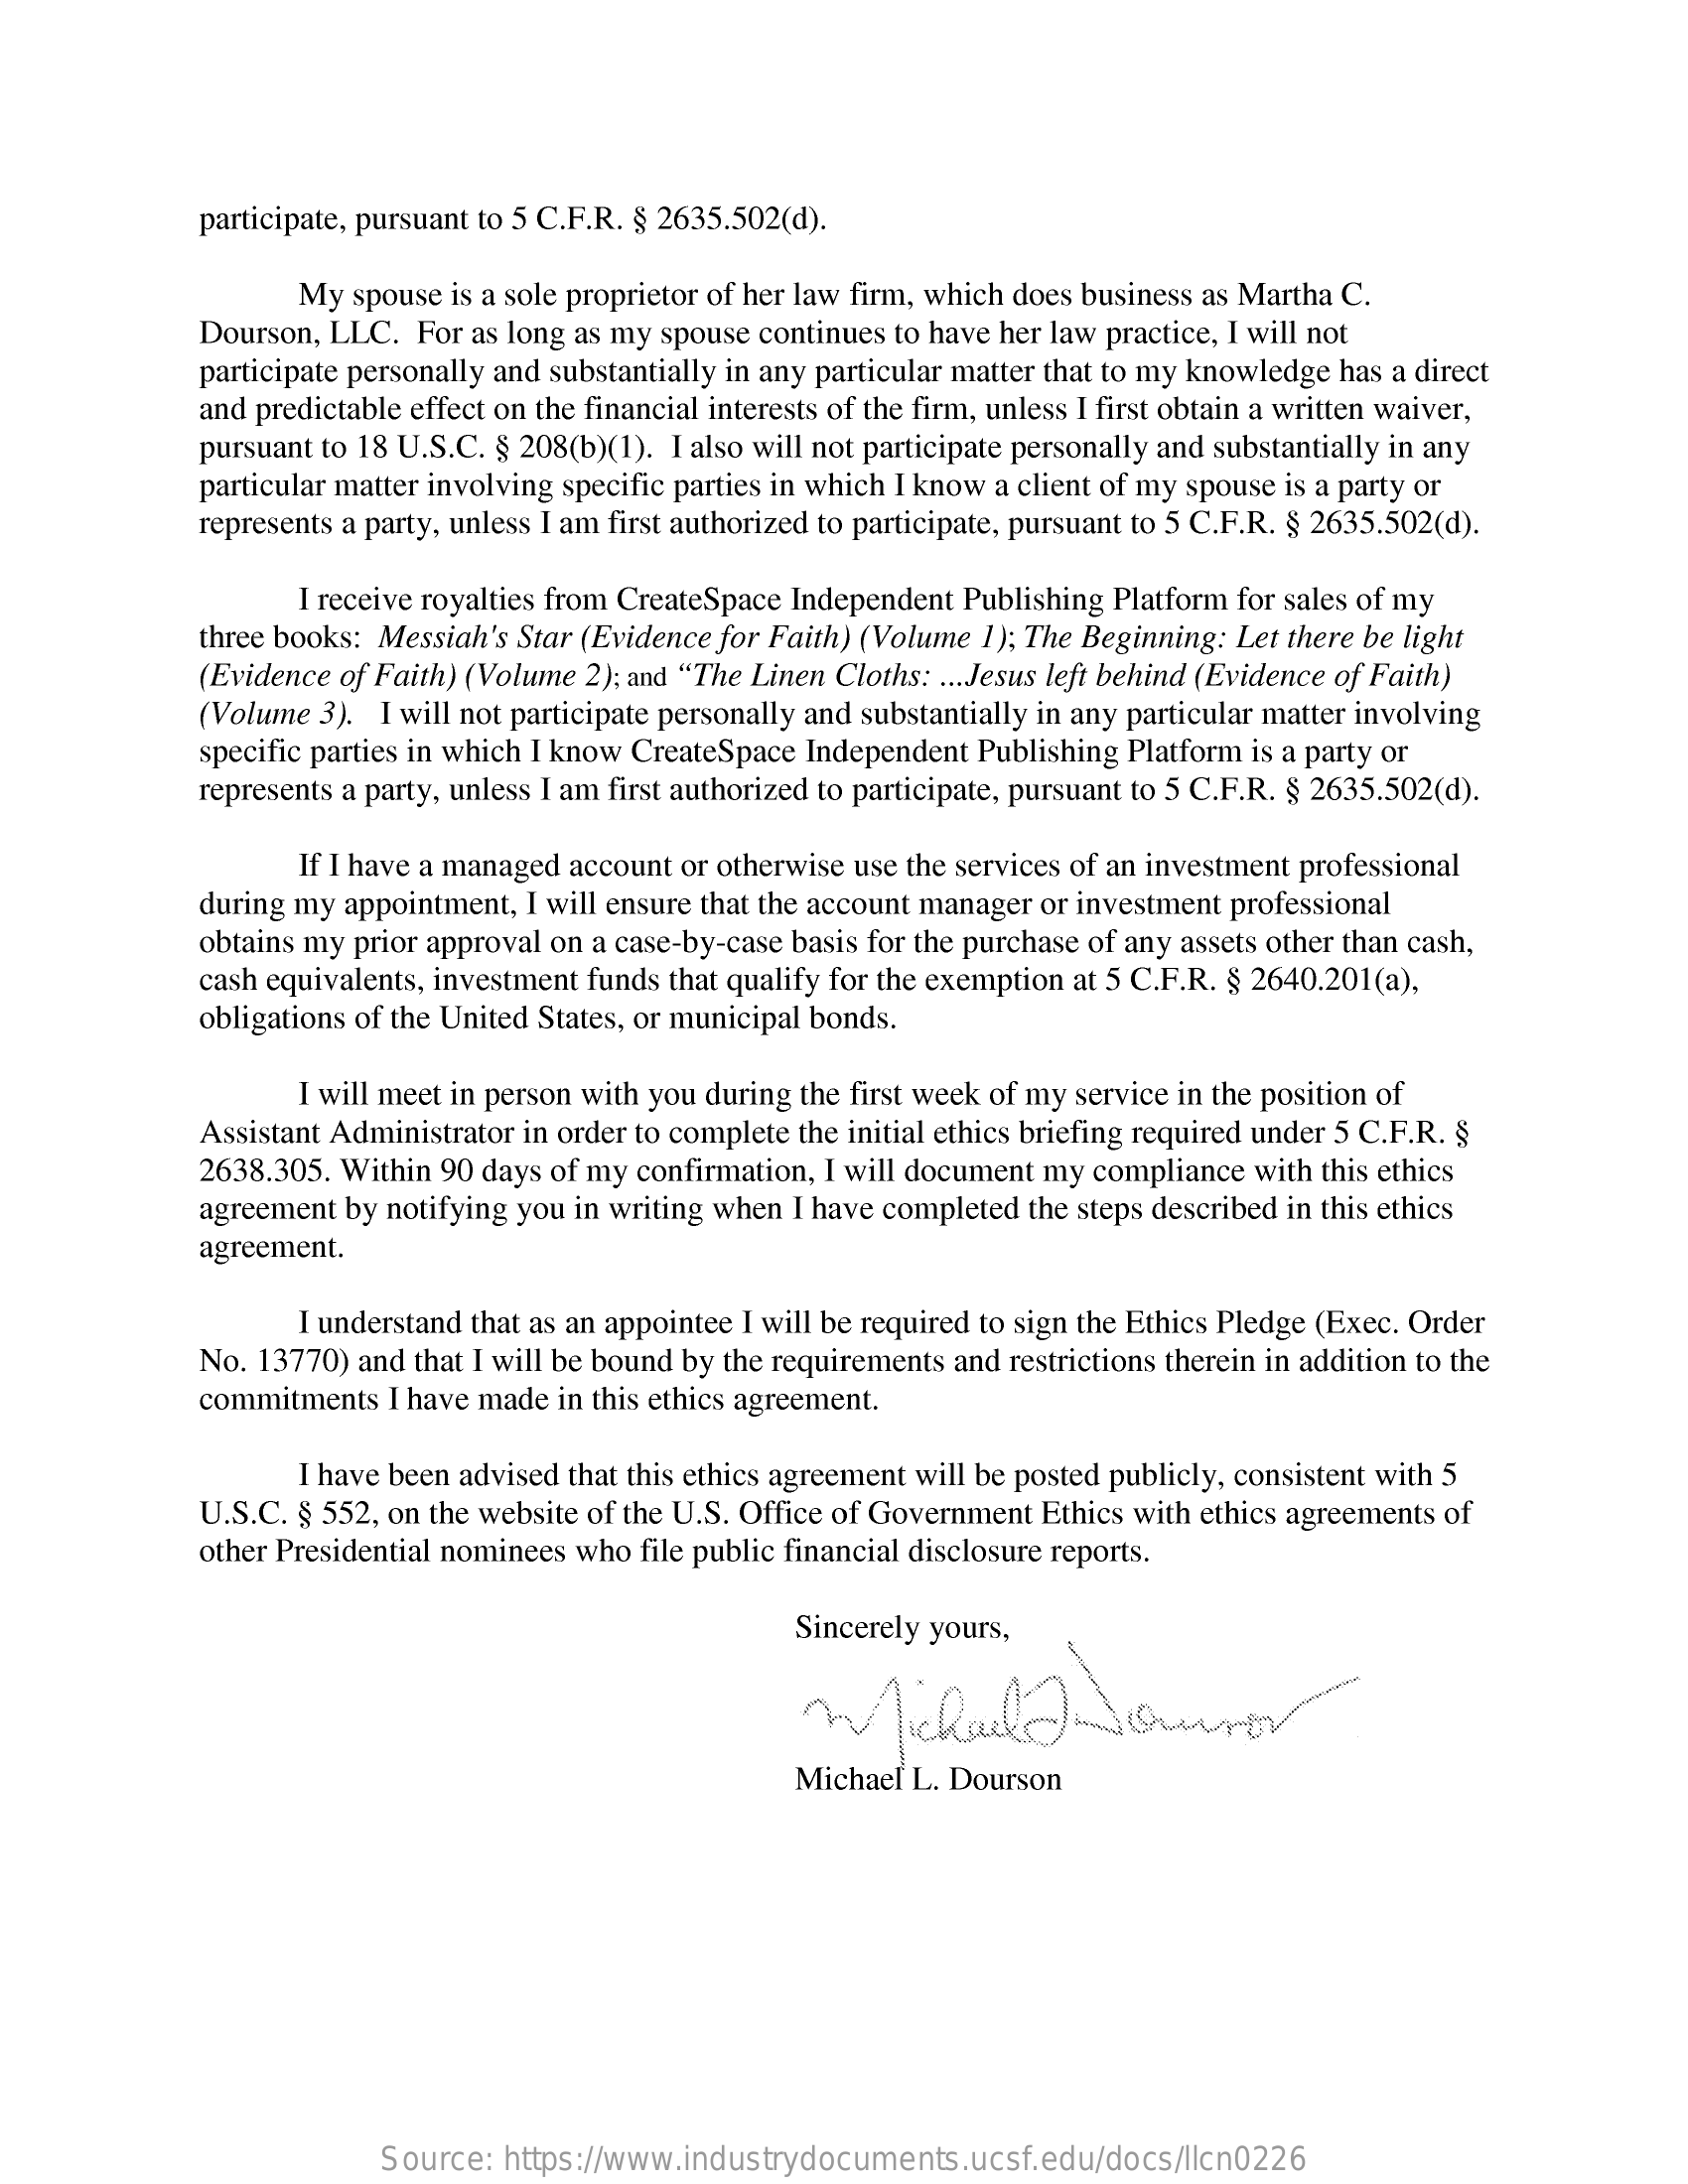
participate, pursuant to 5 C.F.R. $ 2635.502(d).
     My  spouse is a sole proprietor of her law firm, which does business as Martha C.
     Dourson, LLC. For as long as my spouse continues to have her law practice, I will not
     participate personally and substantially in any particular matter that to my knowledge has a direct
     and predictable effect on the financial interests of the firm, unless I first obtain a written waiver,
     pursuant to 18 U.S.C. $ 208(b)(1). I also will not participate personally and substantially in any
     particular matter involving specific parties in which I know a client of my spouse is a party or
     represents a party, unless I am first authorized to participate, pursuant to 5 C.F.R. $ 2635.502(d).
     I receive royalties from CreateSpace Independent Publishing Platform for sales of my
     three books: Messiah's Star (Evidence for Faith) (Volume 1); The Beginning: Let there be light
     (Evidence of Faith) (Volume 2); and "The Linen Cloths: ... Jesus left behind (Evidence of Faith)
     (Volume 3). I will not participate personally and substantially in any particular matter involving
     specific parties in which I know CreateSpace Independent Publishing Platform is a party or
     represents a party, unless I am first authorized to participate, pursuant to 5 C.F.R. $ 2635.502(d).
     If I have a managed account or otherwise use the services of an investment professional
     during my appointment, I will ensure that the account manager or investment professional
     obtains my prior approval on a case-by-case basis for the purchase of any assets other than cash,
     cash equivalents, investment funds that qualify for the exemption at 5 C.F.R. $ 2640.201(a),
     obligations of the United States, or municipal bonds.
     I will meet in person with you during the first week of my service in the position of
     Assistant Administrator in order to complete the initial ethics briefing required under 5 C.F.R. $
     2638.305. Within 90 days of my confirmation, I will document my compliance with this ethics
     agreement by notifying you in writing when I have completed the steps described in this ethics
     agreement.
     I understand that as an appointee I will be required to sign the Ethics Pledge (Exec. Order
     No. 13770) and that I will be bound by the requirements and restrictions therein in addition to the
     commitments I have made in this ethics agreement.
     I have been advised that this ethics agreement will be posted publicly, consistent with 5
     U.S.C. $ 552, on the website of the U.S. Office of Government Ethics with ethics agreements of
     other Presidential nominees who file public financial disclosure reports.
     Sincerely yours,
     Michael L. Dourson
     Source:  https://www.industrydocuments.ucsf.edu/docs/llcn0226